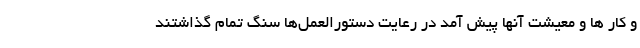
و کار ها و معیشت آنها پیش آمد در رعایت دستورالعمل‌ها سنگ تمام گذاشتند